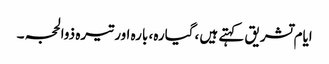
ایام تشریق کہتے ہیں ،گیارہ، بارہ اور تیرہ ذوالحجہ ۔